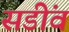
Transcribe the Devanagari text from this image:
सडींव